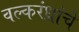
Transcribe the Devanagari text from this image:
वल्करंध्रांचे